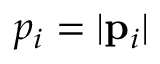
p _ { i } = | { \bf p } _ { i } |